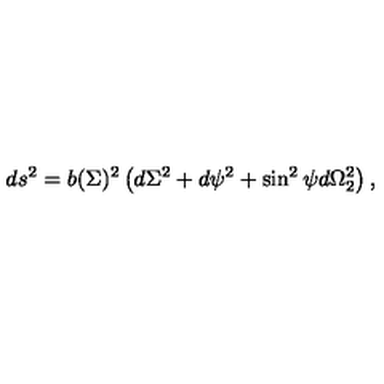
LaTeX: d s ^ { 2 } = b ( \Sigma ) ^ { 2 } \left( d \Sigma ^ { 2 } + d \psi ^ { 2 } + \sin ^ { 2 } \psi d \Omega _ { 2 } ^ { 2 } \right) ,